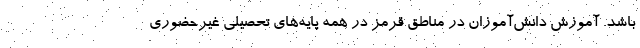
باشد. آموزش دانش‌آموزان در مناطق قرمز در همه پایه‌های تحصیلی غیرحضوری